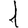
Digit: 1